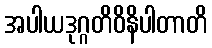
အပါယဒုဂ္ဂတိဝိနိပါတာတိ